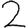
Digit: 2